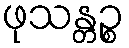
ဖုသန္တဉ္စ